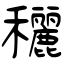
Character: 穲